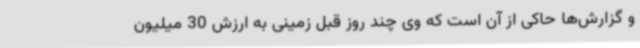
و گزارش‌ها حاکی از آن است که وی چند روز قبل زمینی به ارزش 30 میلیون